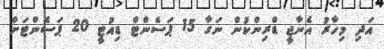
އަދި މިހާރު އެނާޖީ ޑްރިންކުން ނަގާ 15 ޕަސެންޓް ޑިއުޓީ 20 ޕަސެންޓަށް